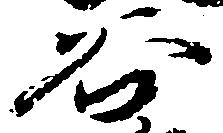
谷